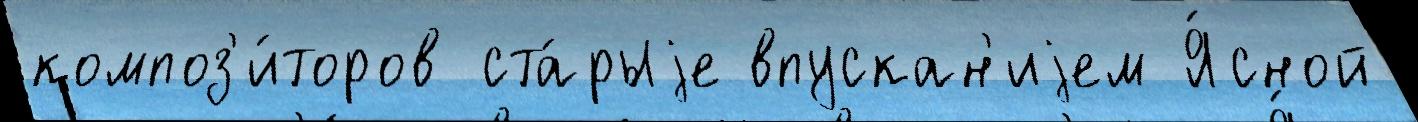
композ'и́торов ста́рыjе впускан'иjем Я́сной